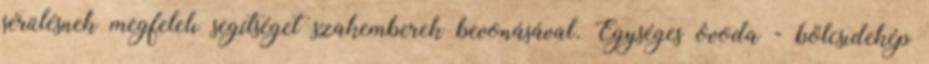
sérülésnek megfelelı segítséget szakemberek bevonásával. Egységes óvoda - bölcsıdekép